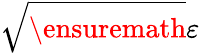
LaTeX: \sqrt\ensuremath{\varepsilon}